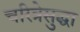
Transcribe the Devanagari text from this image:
चरित्रेसुद्धा